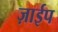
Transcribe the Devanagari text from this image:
ज़ाईप